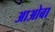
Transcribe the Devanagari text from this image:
आओबा